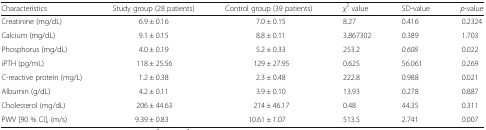
<table><thead><tr><td><b>Characteristics</b></td><td><b>Study group (28 patients)</b></td><td><b>Control group (39 patients)</b></td><td><b><i>χ</i><sup>2</sup> value</b></td><td><b>SD-value</b></td><td><b><i>p</i>-value</b></td></tr></thead><tbody><tr><td>Creatinine (mg/dL)</td><td>6.9 ± 0.16</td><td>7.0 ± 0.15</td><td>8.27</td><td>0.416</td><td>0.2324</td></tr><tr><td>Calcium (mg/dL)</td><td>9.1 ± 0.15</td><td>8.8 ± 0.11</td><td>3.867302</td><td>0.389</td><td>1.703</td></tr><tr><td>Phosphorus (mg/dL)</td><td>4.0 ± 0.19</td><td>5.2 ± 0.33</td><td>253.2</td><td><i>0.608</i></td><td>0.022</td></tr><tr><td>iPTH (pg/mL)</td><td>118 ± 25.56</td><td>129 ± 27.95</td><td>0.625</td><td>56.061</td><td>0.269</td></tr><tr><td>C-reactive protein (mg/L)</td><td>1.2 ± 0.38</td><td>2.3 ± 0.48</td><td>222.8</td><td>0.988</td><td>0.021</td></tr><tr><td>Albumin (g/dL)</td><td>4.2 ± 0.11</td><td>3.9 ± 0.10</td><td>13.93</td><td>0.278</td><td>0.887</td></tr><tr><td>Cholesterol (mg/dL)</td><td>206 ± 44.63</td><td>214 ± 46.17</td><td>0.48</td><td>44.35</td><td>0.311</td></tr><tr><td>PWV [90 % CI], (m/s)</td><td>9.39 ± 0.83</td><td>10.61 ± 1.07</td><td>513.5</td><td>2.741</td><td>0.007</td></tr></tbody></table>